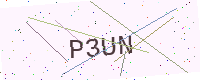
Text: P3UN